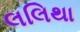
લલિથા